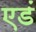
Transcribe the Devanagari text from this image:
एडं